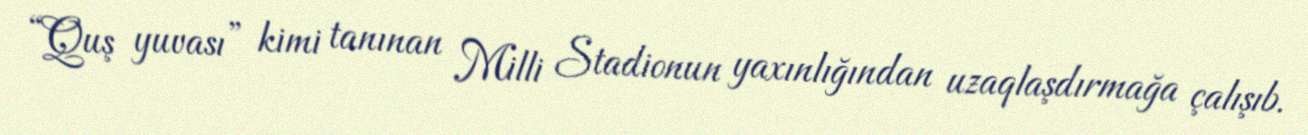
“Quş yuvası” kimi tanınan Milli Stadionun yaxınlığından uzaqlaşdırmağa çalışıb.